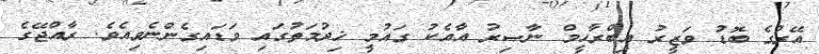
އޭރުގެ ބޮޑު ވަޒީރު އިބްރާހީމް ނާޞިރު އާއެކު ގައުމީ ޚިދުމަތުގައި ވަޑައިގެންނެވިއެވެ. ރާއްޖޭގެ